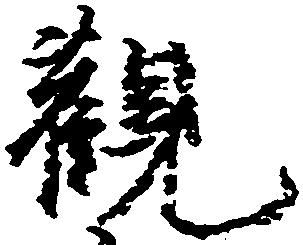
観